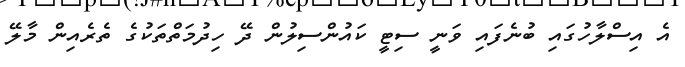
އެ އިސްލާހުގައި ބުނެފައި ވަނީ ސިޓީ ކައުންސިލުން ދޭ ހިދުމަތްތަކުގެ ތެރެއިން މާލޭ